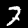
Label: 7